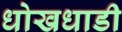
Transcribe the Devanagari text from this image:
धोखधाडी